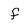
Character: f